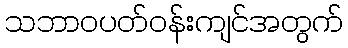
သဘာဝပတ်ဝန်းကျင်အတွက်